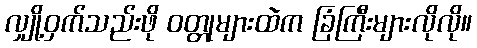
လျှို့ဝှက်သည်းဖို ဝတ္တုများထဲက ခြံကြီးများလိုလို။